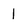
Character: l